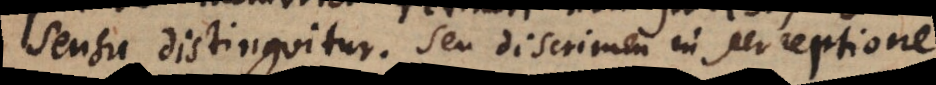
sensu distinguitur. Seu discrimen in perceptione.